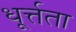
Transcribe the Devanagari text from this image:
धूर्त्तता